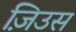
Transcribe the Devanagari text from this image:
ज़िउस